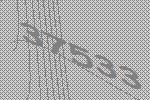
37533